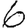
Digit: 6